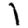
Digit: 1